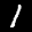
Label: 1